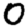
Digit: 0